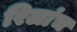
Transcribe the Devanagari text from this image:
रिलांच